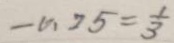
- 0 . 2 5 = \frac { 1 } { 3 }